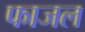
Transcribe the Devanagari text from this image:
फाजल